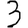
Digit: 3